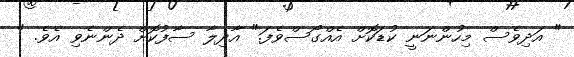
" އަދިވެސް މިހުންނަނީ ކުޑަކޮށް އެއްގޯސްވެފަ." އާދިލާ ސާފުކޮށް ދެންނެވި އެވެ. "